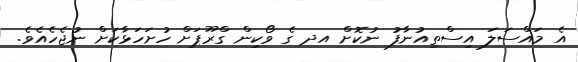
އެ މައްސަލަ އިސްތިއުނާފު ނުކޮށް އދ ގެ ވޯކިން ގްރޫޕަށް ހުށަހަޅާކަށް ނުޖެހެއެވެ.